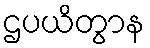
ဌပယိတွာန